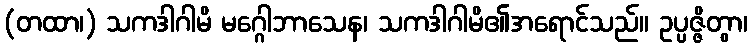
(တထာ၊) သကဒါဂါမိ မဂ္ဂေါဘာသေန၊ သကဒါဂါမိ၏အရောင်သည်။ ဥပ္ပဇ္ဇိတွာ၊